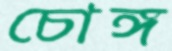
চোঙ্গ